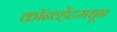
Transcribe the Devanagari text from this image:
कॉन्व्हेंटमधून